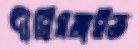
দীঘিমঙ্গইত